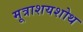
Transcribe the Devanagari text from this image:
मूत्राशयशोथ